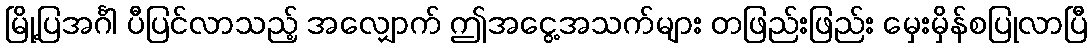
မြို့ပြအင်္ဂါ ပီပြင်လာသည့် အလျှောက် ဤအငွေ့အသက်များ တဖြည်းဖြည်း မှေးမှိန်စပြုလာပြီ